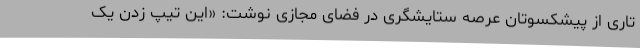
تاری از پیشکسوتان عرصه ستایشگری در فضای مجازی نوشت: «این تیپ زدن یک